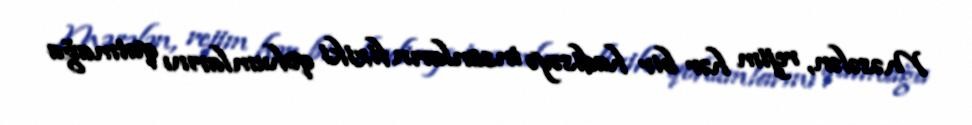
Məsələn, rejim hər bir hadisəyə insanların fiziki qohumlarını qatmağa